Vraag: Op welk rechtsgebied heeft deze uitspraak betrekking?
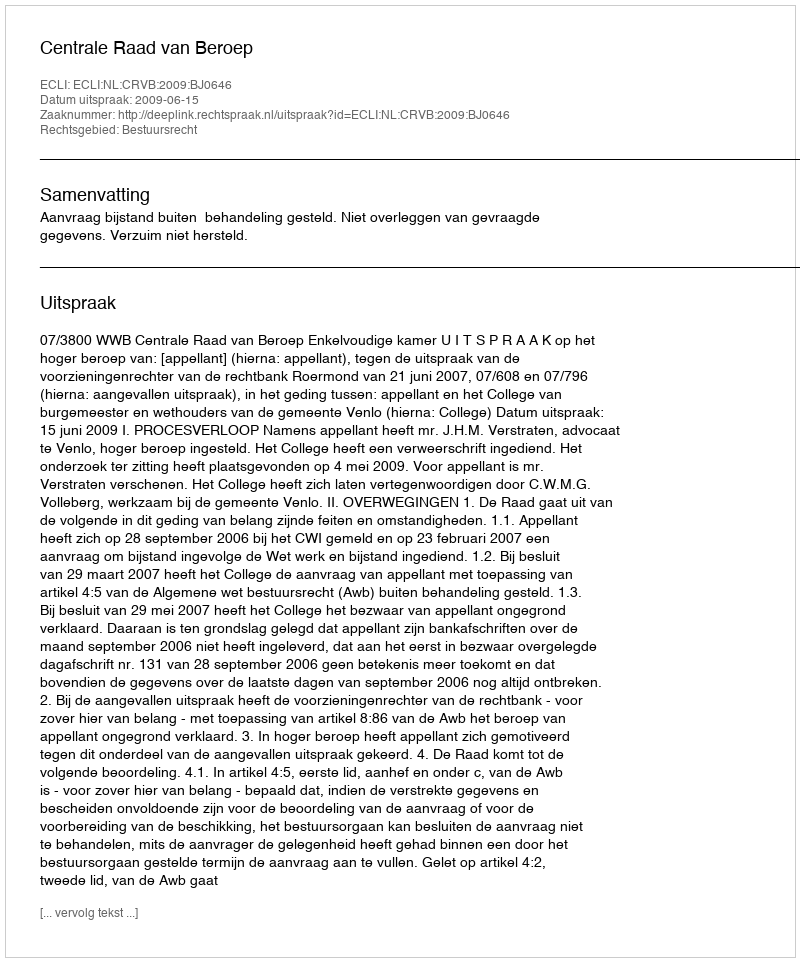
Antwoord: Bestuursrecht